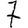
Digit: 7